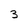
Character: 3